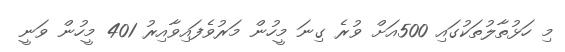
މި ހަޅުތާލުތަކުގައި 500އަށް ވުރެ ގިނަ މީހުން މަރުވެފައިވާއިރު 401 މީހުން ވަނީ